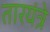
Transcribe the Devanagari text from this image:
तारयंत्रे